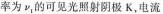
率为ν_{1}的可见光照射阴极K，电流